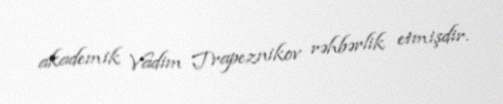
akademik Vadim Trapeznikov rəhbərlik etmişdir.